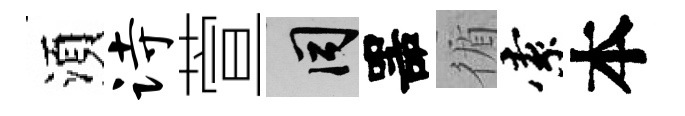
湏诗萱间噐循索本